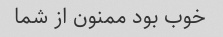
خوب بود ممنون از شما